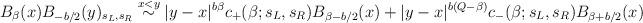
LaTeX: \begin{align*}B_\beta(x)B_{-b/2}(y)_{s_L,s_R} \stackrel{x<y}{\sim} |y-x|^{b\beta}c_+(\beta;s_L,s_R)B_{\beta-b/2}(x) + |y-x|^{b(Q-\beta)}c_-(\beta;s_L,s_R)B_{\beta+b/2}(x)\end{align*}